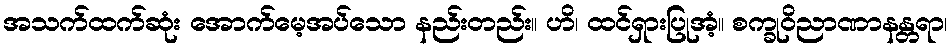
အသက်ထက်ဆုံး အောက်မေ့အပ်သော နည်းတည်း။ ဟိ၊ ထင်ရှားပြုအံ့။ စက္ခုဝိညာဏာနန္တရာ၊